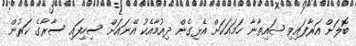
ބޮލަށް އަރާފައިވި ޝައިތާނާ ހަމައަކަށް އެޅިގެން ދިއުމާއެކު އޭނައަށް ސިހިފައި ސާރާގެ ކަރުން